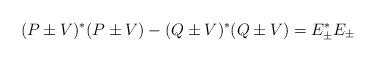
LaTeX: \begin{align*} (P\pm V)^*(P\pm V)-(Q\pm V)^*(Q\pm V) = E_{\pm}^*E_{\pm} \end{align*}